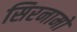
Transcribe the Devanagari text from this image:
सिरनामों